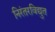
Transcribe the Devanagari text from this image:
निरंतरविद्युत